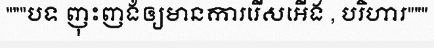
"""បទ ញុះញង់ឲ្យមានការរើសអើង , បរិហារ"""